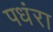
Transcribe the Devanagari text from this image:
पधंरा